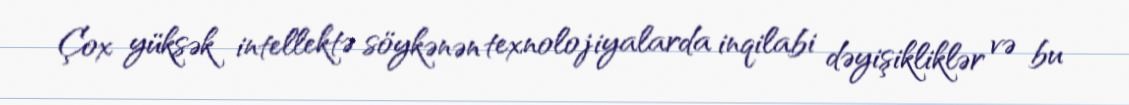
Çox yüksək intellektə söykənən texnolojiyalarda inqilabi dəyişikliklər və bu